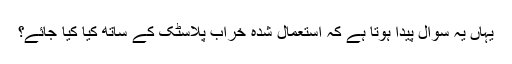
یہاں یہ سوال پیدا ہوتا ہے کہ استعمال شدہ خراب پلاسٹک کے ساتھ کیا کیا جائے؟